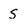
Character: S